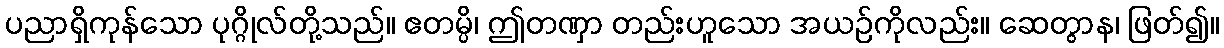
ပညာရှိကုန်သော ပုဂ္ဂိုလ်တို့သည်။ ဧတမ္ပိ၊ ဤတဏှာ တည်းဟူသော အယဉ်ကိုလည်း။ ဆေတွာန၊ ဖြတ်၍။